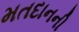
મતદાનની